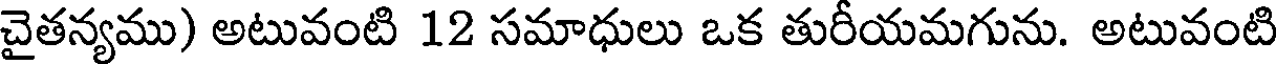
చైతన్యము) అటువంటి 12 సమాధులు ఒక తురీయమగును. అటువంటి